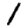
Digit: 1